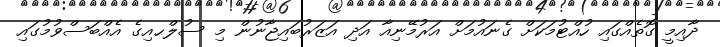
ދާއިމީ ގޮތެއްގައި ހުއްޓުމަކަށް ގެނައުމަށް އަރުމޭނިއާ އަދި އަޒަރުބައިޖާނުން މި ސުލްޙއިގެ އެއްބަސްވުމުގައި